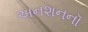
અનશનનૉ